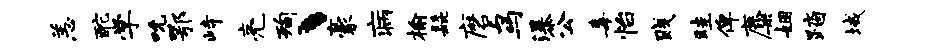
恙酡学吮鄂峙亮洵丶豪病榆髭磨鸟瀑公毒怡贱畦俾麋姻踏域